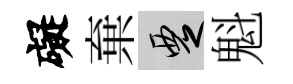
礙棄覂魁